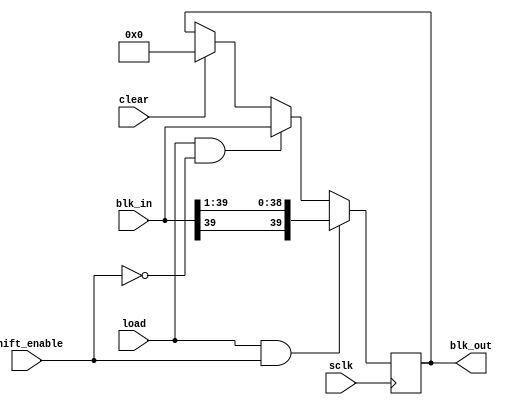
`timescale 1ns / 1ps

module shift_acc(
    input shift_enable,
    input load,
    input clear,
    input sclk,
    input [39:0] blk_in,
    output [39:0] blk_out
    );

	reg [39:0] shift_acc_reg;
	
	always @(posedge sclk)
	begin
		if (clear)
			shift_acc_reg = 40'd0;
		if (load && shift_enable)
			shift_acc_reg = {blk_in[39], blk_in[39:1]};
		else if (load && !shift_enable)
			shift_acc_reg = blk_in;
		else
			shift_acc_reg = shift_acc_reg;
	end

	assign blk_out = shift_acc_reg;
			
endmodule

module rj_memory (input wr_en, rd_en, Sclk,
						input [3:0] rj_wr_addr, rj_rd_addr,
						input [15:0] data_in,
						output [15:0] rj_data);

	reg [15:0] rj_mem [0:15];

	always @(negedge Sclk)
	begin
		if(wr_en == 1'b1)
			rj_mem[rj_wr_addr] = data_in;
		else
			rj_mem[rj_wr_addr] = rj_mem[rj_wr_addr];		
	end

	assign rj_data = (rd_en) ? rj_mem[rj_rd_addr] : 16'd0;
endmodule

module PISO (Sclk, Clear, Frame, Shifted, Serial_out, p2s_enable, OutReady);
input Sclk, Clear, p2s_enable, Frame;
input [39:0] Shifted;
output reg Serial_out, OutReady;
reg [5:0] bit_count; 

reg out_rdy, frame_flag;
reg [39:0] piso_reg;

	always @(negedge Sclk)
	begin
		if(Clear == 1'b1)
		begin
			bit_count = 6'd40;
			piso_reg = 40'd0;
			out_rdy = 1'b0;
			frame_flag = 1'b0;
			OutReady = 1'b0;
			Serial_out = 1'b0;
		end
		else if (p2s_enable == 1'b1)
		begin
			piso_reg = Shifted;
			out_rdy = 1'b1;
		end
		else if (Frame == 1'b1 && out_rdy == 1'b1 && frame_flag == 1'b0)
		begin
			bit_count = bit_count - 1'b1;
			Serial_out = piso_reg [bit_count];
			frame_flag = 1'b1;
			out_rdy = 1'b0;
			OutReady = 1'b1;
		end
		else if (frame_flag == 1'b1)
		begin
			bit_count = bit_count - 1'b1;
			Serial_out = piso_reg [bit_count];
			OutReady = 1'b1;
			if (bit_count == 6'd0)
				frame_flag = 1'b0;
		end
		else
		begin
			bit_count = 6'd40;
			//piso_reg = 40'd0;
			//out_rdy = 1'b0;
			//frame_flag = 1'b0;
			Serial_out = 1'b0;
			OutReady = 1'b0;
		end
	end
endmodule

module MSDAP_controller (input Sclk, Dclk, Start, Reset_n, Frame, input_rdy_flag, zero_flag_L, zero_flag_R,
								 output reg [3:0] rj_wr_addr,
						       output reg [8:0] coeff_wr_addr,
						       output reg [7:0] data_wr_addr,
						       output reg rj_en, coeff_en, data_en, Clear,
						       output Frame_out, Dclk_out, Sclk_out,
						       output reg compute_enable, sleep_flag, InReady);
	
	parameter [3:0] Startup = 4'd0, Wait_rj = 4'd1, Read_rj = 4'd2,
					    Wait_coeff = 4'd3, Read_coeff = 4'd4, Wait_input = 4'd5,
					    Compute = 4'd6, Reset = 4'd7, Sleep = 4'd8;
   
	reg [3:0] pr_state, next_state;
	reg [15:0] real_count;

	reg [4:0] rj_count;
	reg [9:0] coeff_count;
	reg [7:0] data_count;
	
	reg taken;
	
	assign Frame_out = Frame;
	assign Dclk_out = Dclk;
	assign Sclk_out = Sclk;
	
	always @(negedge Sclk or negedge Reset_n)		// Sequential block
	begin
		if (!Reset_n)
		begin
			if (pr_state > 4'd4)
				pr_state = Reset;
			else
				pr_state = next_state;
		end
		else
		pr_state = next_state;
	end
	
	always @(negedge Sclk or posedge Start)
	begin
		if (Start == 1'b1)
			next_state = Startup;
		else
		begin
		case (pr_state)
			Startup:	begin
							rj_wr_addr = 4'd0;
							coeff_wr_addr = 9'd0;
							data_wr_addr = 8'd0;
							rj_en = 1'b0;
							coeff_en = 1'b0;
							data_en = 1'b0;
							Clear = 1'b1;
							compute_enable = 1'b0;
							InReady = 1'b0;
							sleep_flag = 1'b0;
							next_state = Wait_rj;
							real_count = 16'd0;
							rj_count = 4'd0;
							coeff_count = 9'd0;
							data_count = 8'd0;
						end
			
			Wait_rj:	begin
							rj_wr_addr = 4'd0;
							coeff_wr_addr = 9'd0;
							data_wr_addr = 8'd0;
							rj_en = 1'b0;
							coeff_en = 1'b0;
							data_en = 1'b0;
							Clear = 1'b0;
							compute_enable = 1'b0;
							InReady = 1'b1;
							sleep_flag = 1'b0;
							rj_count = 4'd0;
							coeff_count = 9'd0;
							data_count = 8'd0;
							taken = 1'b0;
							if (Frame == 1'b1)
								next_state = Read_rj;
							else
								next_state = Wait_rj;
						end
						
			Read_rj:	begin
							coeff_wr_addr = 9'd0;
							data_wr_addr = 8'd0;
							coeff_en = 1'b0;
							data_en = 1'b0;
							Clear = 1'b0;
							compute_enable = 1'b0;
							InReady = 1'b1;
							sleep_flag = 1'b0;
							coeff_count = 9'd0;
							data_count = 8'd0;
							if (input_rdy_flag == 1'b1 && taken == 1'b0)
							begin
								if (rj_count < 5'd16)
								begin
									rj_en = 1'b1;
									rj_wr_addr = rj_count;
									rj_count = rj_count + 1'b1;
									next_state = Read_rj;
									taken = 1'b1;
								end
								if (rj_count == 5'd16)
								begin
									next_state = Wait_coeff;
								end
								else
									next_state = Read_rj;
							end
							else if (input_rdy_flag == 1'b0)
							begin
								taken = 1'b0;
								rj_en = 1'b0;
								rj_wr_addr = rj_wr_addr;
								next_state = Read_rj;
							end
							else
								next_state = Read_rj;
						end
			
			Wait_coeff: 
							begin
								rj_wr_addr = 4'd0;
								coeff_wr_addr = 9'd0;
								data_wr_addr = 8'd0;
								rj_en = 1'b0;
								coeff_en = 1'b0;
								data_en = 1'b0;
								Clear = 1'b0;
								compute_enable = 1'b0;
								InReady = 1'b1;
								sleep_flag = 1'b0;
								coeff_count = 9'd0;
								data_count = 8'd0;
								if (Frame == 1'b1)
									next_state = Read_coeff;
								else
									next_state = Wait_coeff;
							end
						
			Read_coeff: begin
								rj_wr_addr = 4'd0;
								data_wr_addr = 8'd0;
								rj_en = 1'b0;
								data_en = 1'b0;
								Clear = 1'b0;
								compute_enable = 1'b0;
								InReady = 1'b1;
								sleep_flag = 1'b0;
								data_count = 8'd0;
								if (input_rdy_flag == 1'b1 && taken == 1'b0)
								begin
									if (coeff_count < 10'h200)
									begin
										coeff_en = 1'b1;
										coeff_wr_addr = coeff_count;
										coeff_count = coeff_count + 1'b1;
										next_state = Read_coeff;
										taken = 1'b1;
									end
									if (coeff_count == 10'h200)
										next_state = Wait_input;
									else
										next_state = Read_coeff;
								end
								else if (input_rdy_flag == 1'b0)
								begin
									taken = 1'b0;
									coeff_en = 1'b0;
									coeff_wr_addr = coeff_wr_addr;
									next_state = Read_coeff;
								end
								else
									next_state = Read_coeff;
							end

			Wait_input: begin
								rj_wr_addr = 4'd0;
								coeff_wr_addr = 9'd0;
								data_wr_addr = 8'd0;
								rj_en = 1'b0;
								coeff_en = 1'b0;
								data_en = 1'b0;
								Clear = 1'b0;
								compute_enable = 1'b0;
								InReady = 1'b1;
								sleep_flag = 1'b0;
								data_count = 8'd0;
								if (Reset_n == 1'b0)
									next_state = Reset;
								else if (Frame == 1'b1)
									next_state = Compute;
								else
									next_state = Wait_input;
							end
		
			Compute:	begin
							rj_wr_addr = 4'd0;
							coeff_wr_addr = 9'd0;
							rj_en = 1'b0;
							coeff_en = 1'b0;
							Clear = 1'b0;
							InReady = 1'b1;
							sleep_flag = 1'b0;
							if (Reset_n == 1'b0)
							begin
								Clear = 1'b1;
								next_state = Reset;								
							end
							else if (input_rdy_flag == 1'b1 && taken == 1'b0)
							begin
								if (zero_flag_L && zero_flag_R)
								begin
									next_state = Sleep;
									sleep_flag = 1'b1;
								end
								else
								begin
									data_en = 1'b1;
									data_wr_addr = data_count;
									data_count = data_count + 1'b1;
									real_count = real_count + 1'b1;
									next_state = Compute;
									compute_enable = 1'b1;
									taken = 1'b1;
								end
							end
							else if (input_rdy_flag == 1'b0)
							begin
								taken = 1'b0;
								data_en = 1'b0;
								data_wr_addr = data_wr_addr;
								compute_enable = 1'b0;
								next_state = Compute;
							end
							else
							begin
								data_en = 1'b0;
								data_wr_addr = data_wr_addr;
								//real_count = real_count + 1'b1;
								next_state = Compute;
								compute_enable = 1'b0;
							end
						end
			
			Reset:	begin
							rj_wr_addr = 4'd0;
							coeff_wr_addr = 9'd0;
							data_wr_addr = 8'd0;
							rj_en = 1'b0;
							coeff_en = 1'b0;
							data_en = 1'b0;
							Clear = 1'b1;
							compute_enable = 1'b0;
							InReady = 1'b0;
							sleep_flag = 1'b0;
							data_count = 8'd0;
							taken = 1'b0;
							//real_count = real_count - 1'b1;
							if (Reset_n == 1'b0)
								next_state = Reset;
							else
								next_state = Wait_input;
						end
			
			Sleep:	begin
							rj_wr_addr = 4'd0;
							coeff_wr_addr = 9'd0;
							data_wr_addr = data_wr_addr;
							rj_en = 1'b0;
							coeff_en = 1'b0;
							data_en = 1'b0;
							Clear = 1'b0;
							compute_enable = 1'b0;
							InReady = 1'b1;
							sleep_flag = 1'b1;
							if (Reset_n == 1'b0)
								next_state = Reset;
							else if (input_rdy_flag == 1'b1 && taken == 1'b0)
							begin
								if (zero_flag_L && zero_flag_R)
									next_state = Sleep;
								else
								begin
									taken = 1'b1;
									data_en = 1'b1;
									compute_enable = 1'b1;
									sleep_flag = 1'b0;
									data_wr_addr = data_count;
									data_count = data_count + 1'b1;
									real_count = real_count + 1'b1;
									next_state = Compute;
								end
							end
							else
								next_state = Sleep;
						end
					
		endcase
		end
	end
endmodule

module MSDAP(input Dclk, Sclk, Reset_n, Frame, Start, InputL, InputR,
				 output InReady, OutReady, OutputL, OutputR);
				 
	//Wires for SIPO
	wire Frame_in, Dclk_in, Clear, input_rdy_flag;
	wire [15:0] data_L, data_R;
	
	//Wires for memories
	wire rj_en, coeff_en, data_en;				// For main controller
	wire rj_en_L, coeff_en_L, xin_en_L; 		// For ALU controller
	wire rj_en_R, coeff_en_R, xin_en_R;
	wire [3:0] rj_wr_addr, rj_addr_L, rj_addr_R;
	wire [8:0] coeff_wr_addr, coeff_addr_L, coeff_addr_R;
	wire [7:0] data_wr_addr, xin_addr_L, xin_addr_R;
	wire [15:0] rj_data_L, coeff_data_L, xin_data_L;
	wire [15:0] rj_data_R, coeff_data_R, xin_data_R;
	wire zero_flag_L, zero_flag_R;
	
	//Wires for main controller
	wire compute_enable, sleep_flag, Sclk_in;
	
	//Wires for ALU controller
	wire [39:0] add_inp_L, add_inp_R;
	wire add_sub_L, adder_en_L, shift_enable_L, load_L, clear_L, p2s_enable_L;
	wire add_sub_R, adder_en_R, shift_enable_R, load_R, clear_R, p2s_enable_R;
	
	//Wires for adder, shifter blocks
	wire [39:0] shifted_L, shifted_R, sum_L, sum_R;
	
	//Wires for PISO
	wire OutReadyL, OutReadyR;
	
	assign add_inp_L = (xin_data_L[15]) ? {8'hFF, xin_data_L, 16'h0000} : {8'h00, xin_data_L, 16'h0000};
	assign add_inp_R = (xin_data_R[15]) ? {8'hFF, xin_data_R, 16'h0000} : {8'h00, xin_data_R, 16'h0000};
	
	//Module instantiations
	SIPO SIPO_uut (.Frame(Frame_in), .Dclk(Dclk_in), .Clear(Clear),
					.InputL(InputL), .InputR(InputR), .input_rdy_flag(input_rdy_flag),
					.data_L(data_L), .data_R(data_R));
	
	rj_memory rj_L (.wr_en(rj_en), .rd_en(rj_en_L), .Sclk(Sclk_in),
					.rj_wr_addr(rj_wr_addr), .rj_rd_addr(rj_addr_L),
					.data_in(data_L), .rj_data(rj_data_L));
	
	rj_memory rj_R (.wr_en(rj_en), .rd_en(rj_en_R), .Sclk(Sclk_in),
					.rj_wr_addr(rj_wr_addr), .rj_rd_addr(rj_addr_R),
					.data_in(data_R), .rj_data(rj_data_R));
					
	coeff_memory coeff_L (.wr_en(coeff_en), .rd_en(coeff_en_L), .Sclk(Sclk_in),
						  .coeff_wr_addr(coeff_wr_addr), .coeff_rd_addr(coeff_addr_L),
						  .data_in(data_L), .coeff_data(coeff_data_L));
	
	coeff_memory coeff_R (.wr_en(coeff_en), .rd_en(coeff_en_R), .Sclk(Sclk_in),
						  .coeff_wr_addr(coeff_wr_addr), .coeff_rd_addr(coeff_addr_R),
						  .data_in(data_R), .coeff_data(coeff_data_R));

	data_memory xin_L (.wr_en(data_en), .rd_en(xin_en_L), .Sclk(Sclk_in), .input_rdy_flag(input_rdy_flag),
					   .data_wr_addr(data_wr_addr), .data_rd_addr(xin_addr_L),
					   .data_in(data_L), .xin_data(xin_data_L), .zero_flag(zero_flag_L));

	data_memory xin_R (.wr_en(data_en), .rd_en(xin_en_R), .Sclk(Sclk_in), .input_rdy_flag(input_rdy_flag),
					   .data_wr_addr(data_wr_addr), .data_rd_addr(xin_addr_R),
					   .data_in(data_R), .xin_data(xin_data_R), .zero_flag(zero_flag_R));
					   
	MSDAP_controller main_ctrl (.Sclk(Sclk), .Dclk(Dclk), .Start(Start), .Reset_n(Reset_n),
								.Frame(Frame), .input_rdy_flag(input_rdy_flag), .zero_flag_L(zero_flag_L), .zero_flag_R(zero_flag_R),
								.rj_wr_addr(rj_wr_addr), .coeff_wr_addr(coeff_wr_addr), .data_wr_addr(data_wr_addr),
								.rj_en(rj_en), .coeff_en(coeff_en), .data_en(data_en), .Clear(Clear),
								.Frame_out(Frame_in), .Dclk_out(Dclk_in), .Sclk_out(Sclk_in),
								.compute_enable(compute_enable), .sleep_flag(sleep_flag),
								.InReady(InReady));
	
	alu_controller alu_ctrl (.compute_enable(compute_enable), .Clear(Clear), .Sclk(Sclk_in), .sleep_flag(sleep_flag),
							 .rj_data_L(rj_data_L), .coeff_data_L(coeff_data_L), .xin_data_L(xin_data_L),
							 .rj_data_R(rj_data_R), .coeff_data_R(coeff_data_R), .xin_data_R(xin_data_R),
							 .add_inp_L(add_inp_L), .add_inp_R(add_inp_R),
							 .rj_addr_L(rj_addr_L), .coeff_addr_L(coeff_addr_L), .xin_addr_L(xin_addr_L),
							 .rj_addr_R(rj_addr_R), .coeff_addr_R(coeff_addr_R), .xin_addr_R(xin_addr_R),
							 .rj_en_L(rj_en_L), .coeff_en_L(coeff_en_L), .xin_en_L(xin_en_L),
							 .rj_en_R(rj_en_R), .coeff_en_R(coeff_en_R), .xin_en_R(xin_en_R),
							 .add_sub_L(add_sub_L), .adder_en_L(adder_en_L), .shift_enable_L(shift_enable_L), .load_L(load_L), .clear_L(clear_L), .p2s_enable_L(p2s_enable_L),
							 .add_sub_R(add_sub_R), .adder_en_R(adder_en_R), .shift_enable_R(shift_enable_R), .load_R(load_R), .clear_R(clear_R), .p2s_enable_R(p2s_enable_R));
							 
	adder add_L (.a(add_inp_L), .b(shifted_L), .add_sub(add_sub_L), .adder_en(adder_en_L), .sum(sum_L));
	
	adder add_R (.a(add_inp_R), .b(shifted_R), .add_sub(add_sub_R), .adder_en(adder_en_R), .sum(sum_R));
	
	shift_acc shift_acc_L (.shift_enable(shift_enable_L), .load(load_L), .clear(clear_L), .sclk(Sclk_in), .blk_in(sum_L), .blk_out(shifted_L));
	
	shift_acc shift_acc_R (.shift_enable(shift_enable_R), .load(load_R), .clear(clear_R), .sclk(Sclk_in), .blk_in(sum_R), .blk_out(shifted_R));
	
	PISO PISO_L (.Sclk(Sclk_in), .Clear(Clear), .Frame(Frame_in), .Shifted(shifted_L), .Serial_out(OutputL), .p2s_enable(p2s_enable_L), .OutReady(OutReadyL));
	
	PISO PISO_R (.Sclk(Sclk_in), .Clear(Clear), .Frame(Frame_in), .Shifted(shifted_R), .Serial_out(OutputR), .p2s_enable(p2s_enable_R), .OutReady(OutReadyR));

	assign OutReady = OutReadyL || OutReadyR;
	
endmodule

module data_memory (input wr_en, rd_en, Sclk, input_rdy_flag,
					input [7:0] data_wr_addr, data_rd_addr,
					input [15:0] data_in,
					output [15:0] xin_data,
					output reg zero_flag);

	reg [15:0] data_mem [0:255];
	reg [11:0] zero_cnt;
	
	always @(negedge Sclk)
	begin
		if(wr_en == 1'b1)
			data_mem[data_wr_addr] = data_in;
		else
			data_mem[data_wr_addr] = data_mem[data_wr_addr];
	end

	always @(posedge input_rdy_flag)
	begin
		if (data_in == 16'd0)
		begin
			zero_cnt = zero_cnt + 1'b1;
			if (zero_cnt == 12'd800)
				zero_flag = 1'b1;
			else if (zero_cnt > 12'd800)
			begin
				zero_cnt = 12'd800;
				zero_flag = 1'b1;
			end
		end		
		else if (data_in != 16'd0)
		begin
			zero_cnt = 12'd0;
			zero_flag = 1'b0;
		end
	end

	assign xin_data = (rd_en) ? data_mem[data_rd_addr] : 16'd0;
endmodule

module coeff_memory (input wr_en, rd_en, Sclk,
							input [8:0] coeff_wr_addr, coeff_rd_addr,
							input [15:0] data_in,
							output [15:0] coeff_data);

	reg [15:0] coeff_mem [0:511];

	always @(negedge Sclk)
	begin
		if(wr_en == 1'b1)
			coeff_mem[coeff_wr_addr] = data_in;
		else
			coeff_mem[coeff_wr_addr] = coeff_mem[coeff_wr_addr];		
	end

	assign coeff_data = (rd_en) ? coeff_mem[coeff_rd_addr] : 16'd0;
endmodule

module alu_controller (
	input compute_enable,
	input Clear,
	input Sclk,
	input sleep_flag,
	
	input [15:0] rj_data_L, coeff_data_L, xin_data_L,
	input [15:0] rj_data_R, coeff_data_R, xin_data_R,
	
	output [39:0] add_inp_L, add_inp_R,
	
	output reg [3:0] rj_addr_L,
	output reg [8:0] coeff_addr_L,
	output reg [7:0] xin_addr_L,
	
	output reg [3:0] rj_addr_R,
	output reg [8:0] coeff_addr_R,
	output reg [7:0] xin_addr_R,
	
	output reg rj_en_L, coeff_en_L, xin_en_L,
	output reg rj_en_R, coeff_en_R, xin_en_R,
	
	output reg add_sub_L, adder_en_L, shift_enable_L, load_L, clear_L, p2s_enable_L,
	output reg add_sub_R, adder_en_R, shift_enable_R, load_R, clear_R, p2s_enable_R
	);
	
	parameter initial_state = 2'b00, comp_state = 2'b01, sleep_state = 2'b10;
	
	reg [1:0] pr_state_L, next_state_L;
	reg [1:0] pr_state_R, next_state_R;
	
	reg [7:0] x_count_L, x_index_L;
	reg [7:0] x_count_R, x_index_R;
	
	reg [7:0] k_L, k_R;
	
	reg xmem_overflow_L, start_comp_L, compute_status_L, out_done_L;
	reg xmem_overflow_R, start_comp_R, compute_status_R, out_done_R;
	
	//wire [39:0] shifted_L, shifted_R, sum_L, sum_R;	
	
	assign add_inp_L = (xin_data_L[15]) ? {8'hFF, xin_data_L, 16'h0000} : {8'h00, xin_data_L, 16'h0000};
	assign add_inp_R = (xin_data_R[15]) ? {8'hFF, xin_data_R, 16'h0000} : {8'h00, xin_data_R, 16'h0000};
	
		
	always @(Clear, next_state_L)
	begin
		if (Clear == 1'b1)
			pr_state_L <= initial_state;
		else
			pr_state_L <= next_state_L;
	end
	
	always @(posedge Sclk)
	begin
		//next_state_L <= initial_state;
		case (pr_state_L)
			initial_state:
				begin
					xmem_overflow_L <= 1'b0;
					//out_done_L = 1'b0;
					if (Clear == 1'b1)
						next_state_L <= initial_state;
					else if (compute_enable == 1'b1)
					begin
						next_state_L <= comp_state;
						x_count_L <= 8'd1;
						start_comp_L <= 1'b1;
						compute_status_L <= 1'b1;
					end
					else
					begin
						next_state_L <= initial_state;
						x_count_L <= x_count_L;
						start_comp_L <= 1'b0;
					end
				end
			
			comp_state:
				begin
					if (compute_enable == 1'b1)
					begin
						x_count_L <= x_count_L + 1'b1;
						start_comp_L <= 1'b1;
						compute_status_L <= 1'b1;
						if (x_count_L == 8'hFF)
							xmem_overflow_L <= 1'b1;
						else
							xmem_overflow_L <= xmem_overflow_L;
					end
					else
					begin
						start_comp_L <= 1'b0;
						xmem_overflow_L <= xmem_overflow_L;
						if (rj_addr_L == 4'hF && coeff_addr_L == 9'h1FF && k_L == rj_data_L)
							compute_status_L <= 1'b0;
						else
							compute_status_L <= compute_status_L;
					end
					
					if (Clear == 1'b1)
						next_state_L <= initial_state;
					else if (sleep_flag == 1'b1)
						next_state_L <= sleep_state;
					else
						next_state_L <= comp_state;
				end
			
			sleep_state:
				begin
					x_count_L <= x_count_L;
					xmem_overflow_L <= xmem_overflow_L;
					start_comp_L <= 1'b0;
					compute_status_L <= 1'b0;
					if (Clear == 1'b1)
						next_state_L <= initial_state;
					else if (sleep_flag == 1'b0)
					begin
						x_count_L <= x_count_L + 1'b1;
						start_comp_L <= 1'b1;
						compute_status_L <= 1'b1;
						if (x_count_L == 8'hFF)
							xmem_overflow_L <= 1'b1;
						else
							xmem_overflow_L <= xmem_overflow_L;
						next_state_L <= comp_state;
					end
					else
						next_state_L <= sleep_state;
				end
				
			default:	next_state_L <= initial_state;
		endcase
	end
	
	always @(posedge Sclk)
	begin
		if (out_done_L)
		begin
			p2s_enable_L = 1'b1;
			rj_addr_L = 4'd0;
			coeff_addr_L = 9'd0;
			k_L = 8'd0;
			out_done_L = 1'b0;
			clear_L = 1'b1;
		end
		else
			p2s_enable_L = 1'b0;
		
		if (start_comp_L == 1'b1)
		begin
			out_done_L = 1'b0;
			rj_addr_L = 4'd0;
			rj_en_L = 1'b1;
			coeff_addr_L = 9'd0;
			coeff_en_L = 1'b1;
			xin_en_L = 1'b0;
			adder_en_L = 1'b0;
			shift_enable_L = 1'b0;
			k_L = 8'd0;
			clear_L = 1'b1;
			load_L = 1'b0;
		end
		else if (compute_status_L == 1'b1)
		begin
			if (k_L == rj_data_L)
			begin
				xin_en_L = 1'b0;
				shift_enable_L = 1'b1;
				clear_L = 1'b0;
				load_L = 1'b1;
				adder_en_L = 1'b1;
				k_L = 8'd0;
				if (rj_addr_L < 4'd15)
				begin
					rj_addr_L = rj_addr_L + 1'b1;
				end
				else
				begin
					rj_addr_L = 4'd0;
					out_done_L = 1'b1;
					coeff_addr_L = 9'd0;
				end
			end
			else
			begin
				shift_enable_L = 1'b0;
				clear_L = 1'b0;
				load_L = 1'b0;
				xin_en_L = 1'b0;
				x_index_L = coeff_data_L[7:0];
				add_sub_L = coeff_data_L[8];
				if (x_count_L - 1'b1 >= x_index_L)
				begin
					xin_addr_L = x_count_L - 1'b1 - x_index_L;
					xin_en_L = 1'b1;
					adder_en_L = 1'b1;
					load_L = 1'b1;
				end
				else if (x_count_L - 1'b1 < x_index_L && xmem_overflow_L == 1'b1)
				begin
					xin_addr_L = x_count_L - 1'b1 + (9'd256 - x_index_L);
					xin_en_L = 1'b1;
					adder_en_L = 1'b1;
					load_L = 1'b1;
				end
				else
				begin
					xin_addr_L = xin_addr_L;
					adder_en_L = 1'b0;
				end
				
				if (coeff_addr_L < 9'h1FF)
					coeff_addr_L = coeff_addr_L + 1'b1;
				else
					coeff_addr_L = coeff_addr_L;
				
				k_L = k_L + 1'b1;
			end
		end
		else
		begin
			rj_addr_L = 4'd0;
			rj_en_L = 1'b0;
			coeff_addr_L = 9'd0;
			coeff_en_L = 1'b0;
			xin_en_L = 1'b0;
			adder_en_L = 1'b0;
			shift_enable_L = 1'b0;
			k_L = 8'd0;
			load_L = 1'b0;
			clear_L = 1'b1;
		end
	end
	
	/*always @ (negedge p2s_enable_L)
	begin
			$display("%d : %X \n",x_count_L,shifted_L);
	end*/
	
	
	// Right side FSM
	
	always @(Clear, next_state_R)
	begin
		if (Clear == 1'b1)
			pr_state_R <= initial_state;
		else
			pr_state_R <= next_state_R;
	end
	
	always @(posedge Sclk)
	begin
		//next_state_R <= initial_state;
		case (pr_state_R)
			initial_state:
				begin
					xmem_overflow_R <= 1'b0;
					//out_done_R = 1'b0;
					if (Clear == 1'b1)
						next_state_R <= initial_state;
					else if (compute_enable == 1'b1)
					begin
						next_state_R <= comp_state;
						x_count_R <= 8'd1;
						start_comp_R <= 1'b1;
						compute_status_R <= 1'b1;
					end
					else
					begin
						next_state_R <= initial_state;
						x_count_R <= x_count_R;
						start_comp_R <= 1'b0;
					end
				end
			
			comp_state:
				begin
					if (compute_enable == 1'b1)
					begin
						x_count_R <= x_count_R + 1'b1;
						start_comp_R <= 1'b1;
						compute_status_R <= 1'b1;
						if (x_count_R == 8'hFF)
							xmem_overflow_R <= 1'b1;
						else
							xmem_overflow_R <= xmem_overflow_R;
					end
					else
					begin
						start_comp_R <= 1'b0;
						xmem_overflow_R <= xmem_overflow_R;
						if (rj_addr_R == 4'hF && coeff_addr_R == 9'h1FF && k_R == rj_data_R)
							compute_status_R <= 1'b0;
						else
							compute_status_R <= compute_status_R;
					end
					
					if (Clear == 1'b1)
						next_state_R <= initial_state;
					//else if (sleep_flag == 1'b1)
					//	next_state_R <= sleep_state;
					else
						next_state_R <= comp_state;
				end
			
			sleep_state:
				begin
					x_count_R <= x_count_R;
					xmem_overflow_R <= xmem_overflow_R;
					start_comp_R <= 1'b0;
					compute_status_R <= 1'b0;
					if (Clear == 1'b1)
						next_state_R <= initial_state;
					else if (sleep_flag == 1'b0)
					begin
						x_count_R <= x_count_R + 1'b1;
						start_comp_R <= 1'b1;
						compute_status_R <= 1'b1;
						if (x_count_R == 8'hFF)
							xmem_overflow_R <= 1'b1;
						else
							xmem_overflow_R <= xmem_overflow_R;
						next_state_R <= comp_state;
					end
					else
						next_state_R <= sleep_state;
				end
				
			default:
				begin
				end
		endcase
	end
	
	always @(posedge Sclk)
	begin
		if (out_done_R)
		begin
			p2s_enable_R = 1'b1;
			rj_addr_R = 4'd0;
			coeff_addr_R = 9'd0;
			k_R = 8'd0;
			out_done_R = 1'b0;
		end
		else
			p2s_enable_R = 1'b0;
		
		if (start_comp_R == 1'b1)
		begin
			out_done_R = 1'b0;
			rj_addr_R = 4'd0;
			rj_en_R = 1'b1;
			coeff_addr_R = 9'd0;
			coeff_en_R = 1'b1;
			xin_en_R = 1'b0;
			adder_en_R = 1'b0;
			shift_enable_R = 1'b0;
			k_R = 8'd0;
			clear_R = 1'b1;
			load_R = 1'b0;
		end
		else if (compute_status_R == 1'b1)
		begin
			if (k_R == rj_data_R)
			begin
				xin_en_R = 1'b0;
				shift_enable_R = 1'b1;
				clear_R = 1'b0;
				load_R = 1'b1;
				adder_en_R = 1'b1;
				k_R = 8'd0;
				if (rj_addr_R < 4'd15)
				begin
					rj_addr_R = rj_addr_R + 1'b1;
				end
				else
				begin
					rj_addr_R = 4'd0;
					out_done_R = 1'b1;
					coeff_addr_R = 9'd0;
				end
			end
			else
			begin
				shift_enable_R = 1'b0;
				clear_R = 1'b0;
				load_R = 1'b0;
				xin_en_R = 1'b0;
				x_index_R = coeff_data_R[7:0];
				add_sub_R = coeff_data_R[8];
				if (x_count_R - 1'b1 >= x_index_R)
				begin
					xin_addr_R = x_count_R - 1'b1 - x_index_R;
					xin_en_R = 1'b1;
					adder_en_R = 1'b1;
					load_R = 1'b1;
				end
				else if (x_count_R - 1'b1 < x_index_R && xmem_overflow_R == 1'b1)
				begin
					xin_addr_R = x_count_R - 1'b1 + (9'd256 - x_index_R);
					xin_en_R = 1'b1;
					adder_en_R = 1'b1;
					load_R = 1'b1;
				end
				else
				begin
					xin_addr_R = xin_addr_R;
					adder_en_R = 1'b0;
				end
				
				if (coeff_addr_R < 9'h1FF)
					coeff_addr_R = coeff_addr_R + 1'b1;
				else
					coeff_addr_R = coeff_addr_R;
				
				k_R = k_R + 1'b1;
			end
		end
		else
		begin
			rj_addr_R = 4'd0;
			rj_en_R = 1'b0;
			coeff_addr_R = 9'd0;
			coeff_en_R = 1'b0;
			xin_en_R = 1'b0;
			adder_en_R = 1'b0;
			shift_enable_R = 1'b0;
			k_R = 8'd0;
			load_R = 1'b0;
			clear_R = 1'b1;
		end
	end
	
	/*always @ (negedge p2s_enable_R)
	begin
			$display("%d : %X \n",x_count_R,shifted_R);
	end*/
	
endmodule

module adder(
	input [39:0] a,
    input [39:0] b,
    input add_sub,
	input adder_en,
    output [39:0] sum
    );

		assign sum = (add_sub == 1'b1) ? (b - a) : 
						 (add_sub == 1'b0) ? (b + a) :
						 	sum;	

endmodule

module SIPO (Frame, Dclk, Clear, InputL, InputR, data_L, data_R, input_rdy_flag);
	input Frame, Dclk, Clear, InputL, InputR;
	output reg input_rdy_flag;
	output reg [15:0] data_L;
	output reg [15:0] data_R;
	reg [3:0] bit_count;
	reg frame_status;

	always @(negedge Dclk or posedge Clear)
	begin
		if (Clear == 1'b1)
		begin
			bit_count = 4'd15;
			//temp_L = 16'd0;
			//temp_R = 16'd0;
			data_L = 16'd0;
			data_R = 16'd0;			
			input_rdy_flag = 1'b0;
			frame_status = 1'b0;
		end
		else 
		begin
			if (Frame == 1'b1)
			begin
				bit_count = 4'd15;
				input_rdy_flag = 1'b0;
				data_L [bit_count] = InputL;
				data_R [bit_count] = InputR;
				frame_status = 1'b1;
			end
			else if (frame_status == 1'b1)
			begin
				bit_count = bit_count - 1'b1;
				data_L [bit_count] = InputL;
				data_R [bit_count] = InputR;
				if (bit_count == 4'd0)
				begin
					//data_L = temp_L;
					//data_R = temp_R;					
					input_rdy_flag = 1'b1;
					frame_status = 1'b0;
				end
				else
				begin
					//data_L = data_L;
					//data_R = data_R;
					input_rdy_flag = 1'b0;
					frame_status = 1'b1;
				end
			end
			else
			begin
				bit_count = 4'd15;
				data_L = 16'd0;
				data_R = 16'd0;			
				input_rdy_flag = 1'b0;
				frame_status = 1'b0;
			end
		end
	end
endmodule